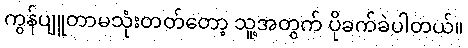
ကွန်ပျူတာမသုံးတတ်တော့ သူ့အတွက် ပိုခက်ခဲပါတယ်။